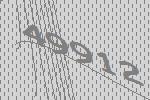
49912